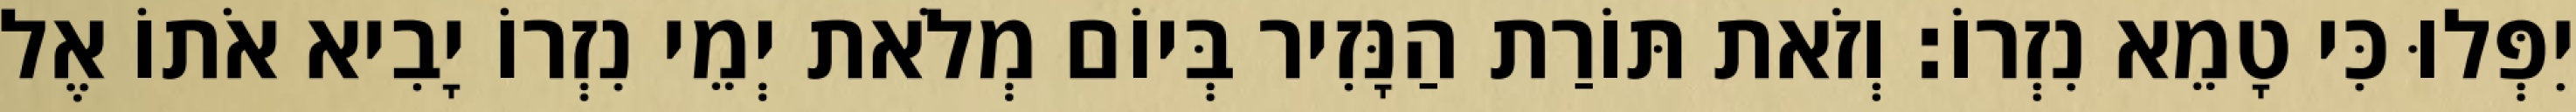
יִפְּלוּ כִּי טָמֵא נִזְרוֹ׃ וְזֹאת תּוֹרַת הַנָּזִיר בְּיוֹם מְלֹאת יְמֵי נִזְרוֹ יָבִיא אֹתוֹ אֶל